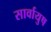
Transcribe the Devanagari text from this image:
सार्वायुष